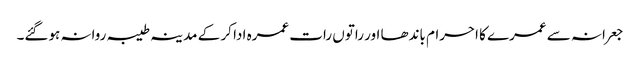
جعرانہ سے عمرے کا احرام باندھا اور راتوں رات عمرہ ادا کر کے مدینہ طیبہ روانہ ہوگئے۔